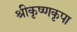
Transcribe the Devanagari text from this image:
श्रीकृष्णकृपा